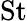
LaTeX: \textrm{St}